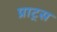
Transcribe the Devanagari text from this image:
प्राट्स